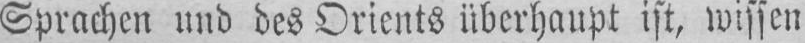
Sprachen und des Orients überhaupt ist, wissen